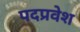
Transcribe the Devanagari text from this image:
पदप्रवेश